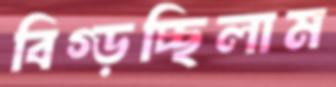
বিগ্‌ড়চ্ছিলাম